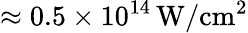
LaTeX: \approx 0.5\times 10^{14}\, \mathrm{W/cm^{2}}